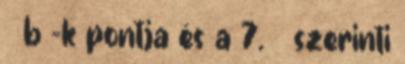
§ b –k pontja és a 7. § szerinti